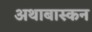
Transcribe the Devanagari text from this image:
अथाबास्कन